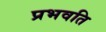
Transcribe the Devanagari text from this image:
प्रभवति